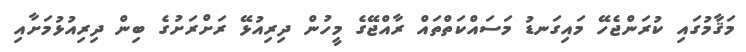
މަޤާމުގައި ކުރަންޖެހޭ މައިގަނޑު މަސައްކަތްތައް ރާއްޖޭގެ މީހުން ދިރިއުޅޭ ރަށްރަށުގެ ބިން ދިރިއުޅުމަށާއި